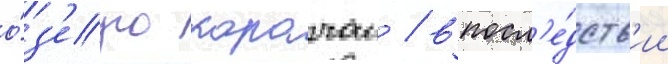
о́з'еро карачаи / впосл'е́дств'ии